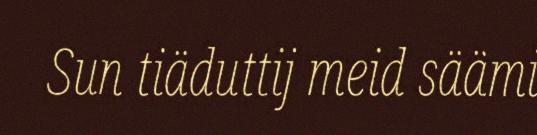
Sun tiäduttij meid säämi